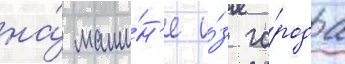
на́ маши́н'е и́з го́рода